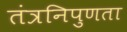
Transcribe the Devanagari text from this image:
तंत्रनिपुणता